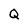
Character: Q